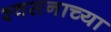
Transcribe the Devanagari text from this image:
श्वसनाच्या